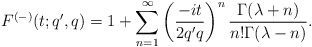
\begin{align*} F^{(-)}(t;q',q)= 1+ \sum_{n=1}^{\infty} \left( \frac{-it}{2q'q} \right)^n \frac{\Gamma(\lambda+n)}{n! \Gamma(\lambda-n)}.\end{align*}